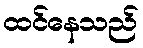
ထင်နေသည်